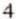
4